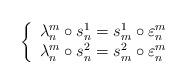
LaTeX: \begin{align*}\left\{\begin{array}[c]{c}\lambda_{n}^{m}\circ s_{n}^{1}=s_{m}^{1}\circ\varepsilon_{n}^{m}\\\lambda_{n}^{m}\circ s_{n}^{2}=s_{m}^{2}\circ\varepsilon_{n}^{m}\end{array}\right. \end{align*}